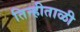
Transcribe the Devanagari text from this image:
तिन्हीताळी